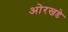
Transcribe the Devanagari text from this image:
ओरखडे